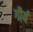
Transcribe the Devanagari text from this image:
गौर्य